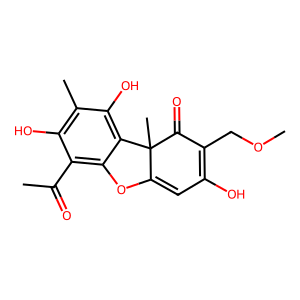
SMILES: COCC1=C(O)C=C2Oc3c(C(C)=O)c(O)c(C)c(O)c3C2(C)C1=O
Inhibits HIV replication: No